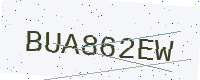
Text: BUA862EW